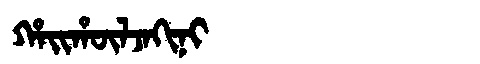
Manchu: ᡥᠠᡳᡥᡡᠯᠵᠠᡴᡳᠨᡳ
Romanization: HAIHŪLJAKINI